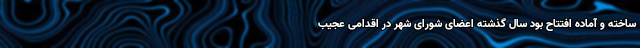
ساخته و آماده افتتاح بود سال گذشته اعضای شورای شهر در اقدامی عجیب